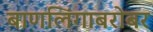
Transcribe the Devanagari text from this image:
बाणलिंगाबरोबर